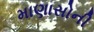
માણાસોની